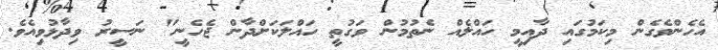
އެހެންވެގެން މިކަމުގައި ދާއިމީ ހައްލެއް ނެތުމުން ވަގުތީ ހައްލަކަށްދާން ޖެހެނީ" ނަސީރު ވިދާޅުވިއެވެ.